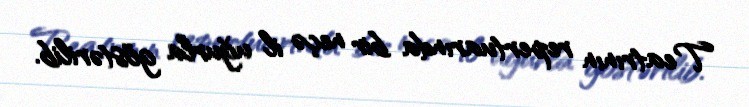
Teatrının repertuarında bir neçə il uğurla göstərilib.